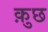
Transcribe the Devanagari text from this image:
क़ुछ